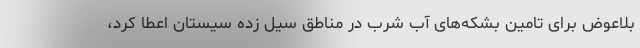
بلاعوض برای تامین بشکه‌های آب شرب در مناطق سیل زده سیستان اعطا کرد،